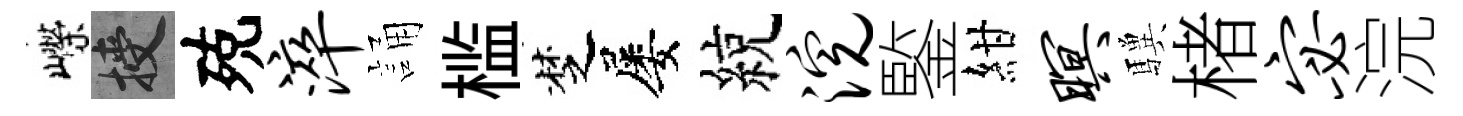
嶸授殑淬誦槛椘屡綂浣鍳紺暝驥楮宓浣